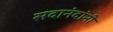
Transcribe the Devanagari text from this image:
सदानंदांनी